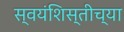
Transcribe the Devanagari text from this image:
स्वयंशिस्तीच्या